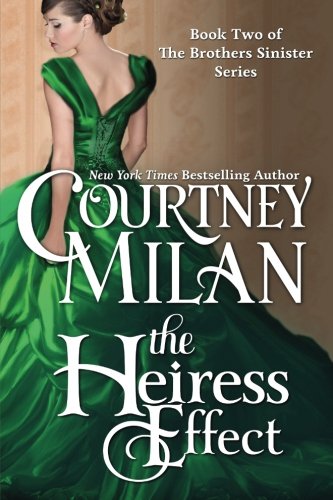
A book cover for The Heiress Effect (The Brothers Sinister) (Volume 2); Courtney Milan; Romance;